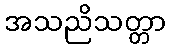
အသညိသတ္တာ